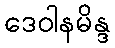
ဒေဝါနမိန္ဒ